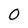
Character: 0